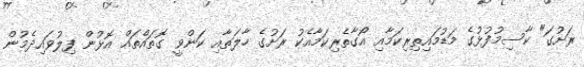
ރަށުގަ" ކާސިމުފުޅުގެ މަޑުމައިތިރިކަމާއި އޯގާތެރިކަމާއެކު ރަށުގެ ހާލަތާއި ކަންވީ ގޮތައްތައް އޮޅުން ފިލުވައިދެމުން